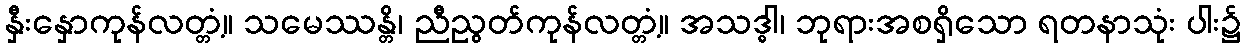
နှီးနှောကုန်လတ္တံ့။ သမေဿန္တိ၊ ညီညွတ်ကုန်လတ္တံ့။ အသဒ္ဓါ၊ ဘုရားအစရှိသော ရတနာသုံး ပါး၌